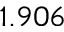
1 . 9 0 6